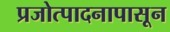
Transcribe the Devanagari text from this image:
प्रजोत्पादनापासून